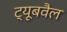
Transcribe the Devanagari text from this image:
ट्यूबवैल